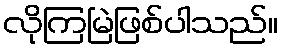
လိုကြမြဲဖြစ်ပါသည်။